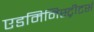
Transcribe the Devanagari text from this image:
एडमिनिस्ट्रीटर्स